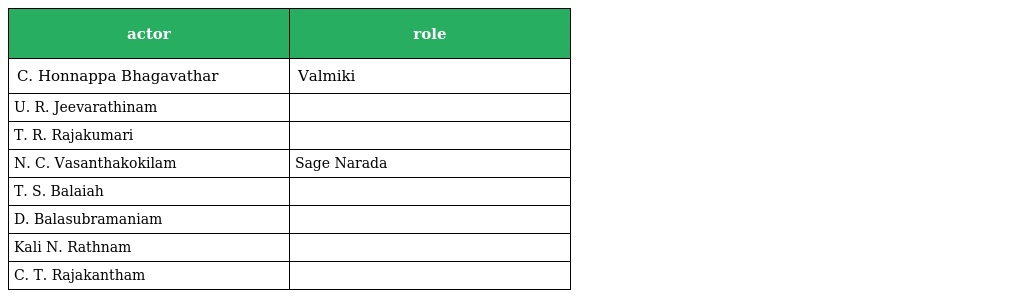
| actor | role |
 | --- | --- |
 | C. Honnappa Bhagavathar | Valmiki |
 | U. R. Jeevarathinam |  |
 | T. R. Rajakumari |  |
 | N. C. Vasanthakokilam | Sage Narada |
 | T. S. Balaiah |  |
 | D. Balasubramaniam |  |
 | Kali N. Rathnam |  |
 | C. T. Rajakantham |  |